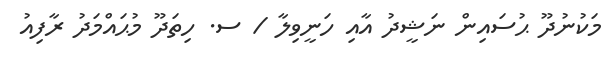
މަކުނުދޫ ޙުސައިން ނަޝީދު އާއި ހަނީވިލާ / ސ. ހިތަދޫ މުޙައްމަދު ރާފިއު